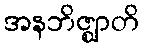
အနဘိဇ္ဈာတိ